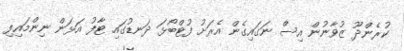
ކުރެންދޫ ޒުވާނުން އިސް ނަގައިގެން އެރަށު ފުޓްބޯޅަ ދަނޑުގައި ޓާފު އަޅަން ނިންމައިފި